Medical and sanitary report of the native army of Bengal for the year
Year: 1876
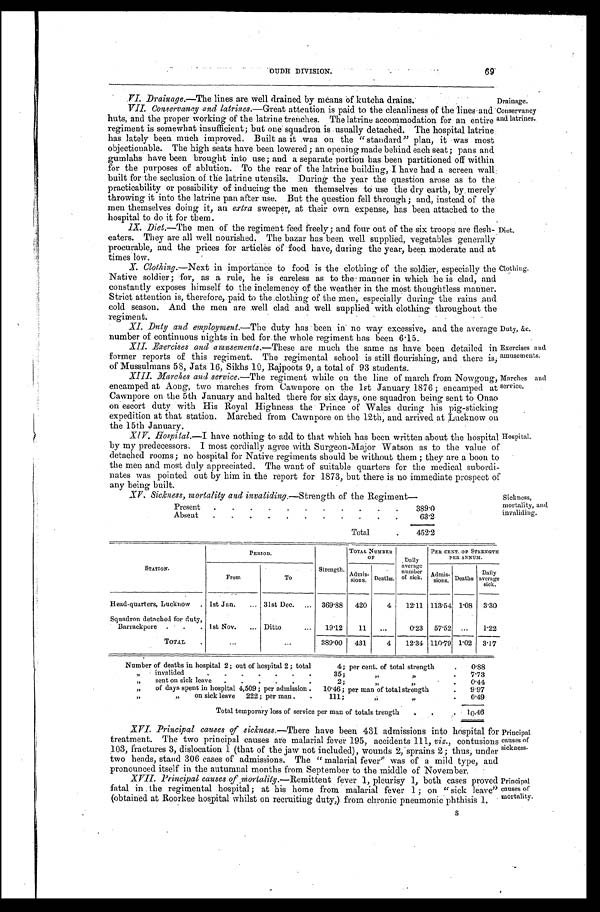
Clothing.
OUDH DIVISION. 69
VI. Drainage.—The lines are well drained by means of kutcha drains.
VII. Conservancy and latrines. —Great attention is paid to the cleanliness of the lines and
huts, and the proper working of the latrine trenches. The latrine accommodation for an entire
regiment is somewhat insufficient; but one squadron is usually detached. The hospital latrine
has lately been much improved. Built as it was on the "standard" plan, it was most
objectionable. The high seats have been lowered; an opening made behind each seat; pans and
gumlahs have been brought into use; and a separate portion has been partitioned off within
for the purposes of ablution. To the rear of the latrine building, I have had a screen wall
built for the seclusion of the latrine utensils. During the year the question arose as to the
practicability or possibility of inducing the men themselves to use the dry earth, by merely
throwing it into the latrine pan after use. But the question fell through; and, instead of the
men themselves doing it, an extra sweeper, at their own expense, has been attached to the
hospital to do it for them.
IX. Diet. —The men of the regiment feed freely; and four out of the six troops are flesh-
eaters. They are all well nourished. The bazar has been well supplied, vegetables generally
procurable, and the prices for articles of food have, during the year, been moderate and at
times low.
X. Clothing. —Next in importance to food is the clothing of the soldier, especially the
Native soldier; for, as a rule, he is careless as to the' manner in which he is clad, and
constantly exposes himself to the inclemency of the weather in the most thoughtless manner.
Strict attention is, therefore, paid to the clothing of the men, especially during the rains and
cold season. And the men are well clad and well supplied with clothing throughout the
regiment.
XI. Duty and employment. —The duty has been in no way excessive, and the average
number of continuous nights in bed for the whole regiment has been 6.15.
XII. Exercises and amusements. —These are much the same as have been detailed in
former reports of this regiment. The regimental school is still flourishing, and there is,
of Mussulmans 58, Jats 16, Sikhs 10, Rajpoots 9, a total of 93 students.
XIII. Marches and service. —The regiment while on the line of march from Nowgong,
e n c a m p e d a t A o n g , t w o m a r c h e s f r o m C a w n p o r e o n t h e 1 s t J a n u a r y 1 8 7 6 ; e n c a m p e d a t
Cawnpore on the 5th January and halted there for six days, one squadron being sent to Onao
on escort duty with His Royal Highness the Prince of Wales during his pig-sticking
expedition at that station. Marched from Cawnpore on the 12th, and arrived at Lucknow on
the 15th January.
XIV. Hospital.—I have nothing to add to that which has been written about the hospital
by my predecessors. I most cordially agree with Surgeon-Major Watson as to the value of
detached rooms; no hospital for Native regiments should be without them ; they are a boon to
the men and most duly appreciated. The want of suitable quarters for the medical subordi-
nates was pointed out by him in the report for 1873, but there is no immediate prospect of
any being built.
XV. Sickness, mortality and invaliding.— Strength of the Regiment—
Present .
.
. .
.
.
.
.
.
.
.
389.0
Absent .
.
.
.
.
.
. .
. .
.
63.2
Total
.
452. 2
Duty, &c.
Exercises and
amusements.
Marches and
service.
Hospital.
Sickness,
mortality, and
invaliding.
Drainage.
Conservancy
and latrines.
Diet.
STATION.
PERIOD.
Strength.
TOTAL NUMBER
OF
Daily
average
number
of sick.
PER CENT. OF STRENGTH
P E R A N N U M .
From
To
Admis-
sions. Deaths.
Admis-
sions. Deaths
Daily
average
sick.
Head-quarters, Lucknow . 1st Jan. ... 31st Dec. ... 369.88 420
4 12.11 113.54 1.08 3.30
Squadron detached for duty,
Barrackpore . .
. 1st Nov. ... Ditto
... 19.12
11 ...
0.23 57.52 ...
1.22
TOTAL
.
...
...
3 8 9 . 0 0
431
4 12.34 110. 79
1.02 3.17
Number of deaths in hospital 2; out of hospital 2; total
4; per cent. of total strength
. 0.88
„ i n v a l i d e d . . . . . . .
35;
„ „
.
7.73
„ sent on sick leave . . . . . .
2;
„ „
. 0.44
„ of days spent in hospital 4,509 ; per admission . 10. 46;
per man of total strength
. 9.97
„ „ o n s i c k l e a v e 2 2 2 ; p e r m a n . .
111;
„ „
.
0. 49
Total temporary loss of service per man of totals trength . .
.
10.46
Principal
causes of
sickness
.
Principal
causes of
mortality.
XVI. Principal causes of sickness. —There have been 431 admissions into hospital for
treatment. The two principal causes are malarial fever 195, accidents 111, viz., contusions
103, fractures 3, dislocation 1 (that of the jaw not included), wounds 2, sprains 2; thus, under
two heads, stand 306 cases of admissions. The " malarial fever" was of a mild type, and
pronounced itself in the autumnal months from September to the middle of November.
XVII. Principal causes of mortality. —Remittent fever 1, pleurisy 1, both cases proved
fatal in the regimental hospital; at his home from malarial fever 1 ; on " sick leave"
(obtained at Roorkee hospital whilst on recruiting duty,) from chronic pneumonic phthisis 1.